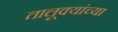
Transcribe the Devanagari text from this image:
तालूक्यांच्या